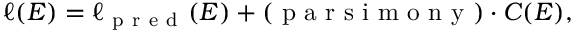
\ell ( E ) = \ell _ { \mathrm { ~ p ~ r ~ e ~ d ~ } } ( E ) + ( \mathrm { ~ p ~ a ~ r ~ s ~ i ~ m ~ o ~ n ~ y ~ } ) \cdot C ( E ) ,